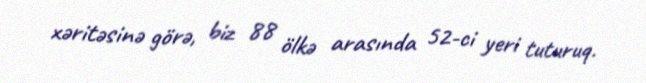
xəritəsinə görə, biz 88 ölkə arasında 52-ci yeri tuturuq.